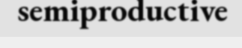
semiproductive